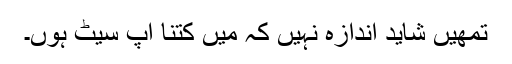
تمھیں شاید اندازہ نہیں کہ میں کتنا اپ سیٹ ہوں۔